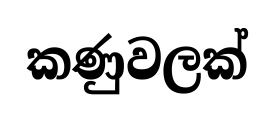
කණුවලක්